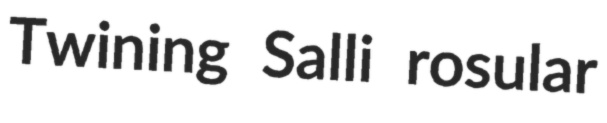
Twining Salli rosular